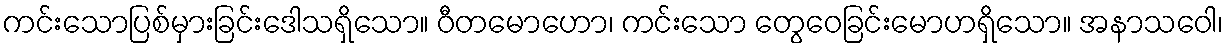
ကင်းသောပြစ်မှားခြင်းဒေါသရှိသော။ ဝီတမောဟော၊ ကင်းသော တွေဝေခြင်းမောဟရှိသော။ အနာသဝေါ၊